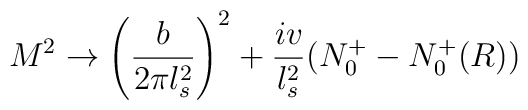
M^2 \rightarrow \left ( {b\over 2\pi l_s^2}\right )^2+{iv\over l_s^2} (N_0^+-N^+_0(R))